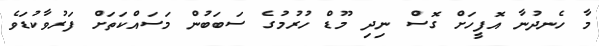
މާ ހެނދުނާ އޮފީހަށް ގޮސް ނިދި މޫޑް ހުރުމުގެ ސަބަބުން މަސައްކަތަށް ފަރުވާކުޑަވެ